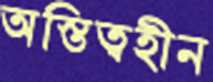
অস্তিত্বহীন